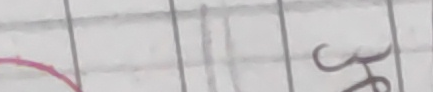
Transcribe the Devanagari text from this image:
३५